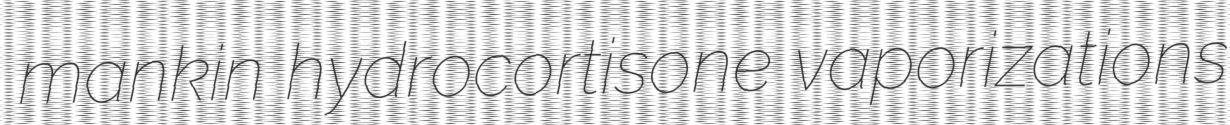
mankin hydrocortisone vaporizations